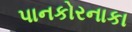
પાનકોરનાકા